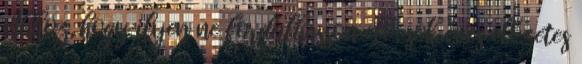
Ahhoz, hogy ilyen ne fordulhasson elő, sok éves előzetes